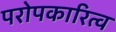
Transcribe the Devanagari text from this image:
परोपकारित्व